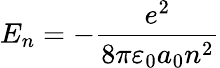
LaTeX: E_{n}=-{\frac{e^{2}}{8\pi\varepsilon_{0}a_{0}n^{2}}}